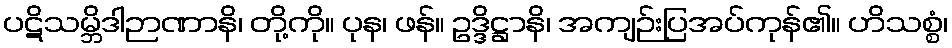
ပဋိသမ္ဘိဒါဉာဏာနိ၊ တို့ကို။ ပုန၊ ဖန်။ ဥဒ္ဒိဋ္ဌာနိ၊ အကျဉ်းပြအပ်ကုန်၏။ ဟိသစ္စံ၊